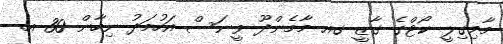
މާމިގިލީ ކޯޓްގެ ގާޒީ ގއ މާމެންދޫ ވީނަސް އަހުމަދު ނިހާން 30 އ.